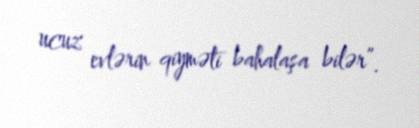
ucuz evlərin qiyməti bahalaşa bilər”.